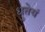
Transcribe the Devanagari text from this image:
धुतेयं